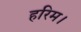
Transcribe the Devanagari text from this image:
हरिम।